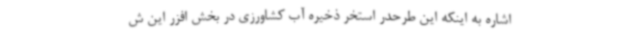
اشاره به اینکه این طرحدر استخر ذخیره آب کشاورزی در بخش افزر این ش